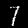
Digit: 7